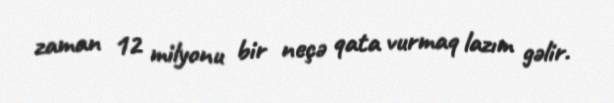
zaman 12 milyonu bir neçə qata vurmaq lazım gəlir.